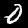
Label: 0